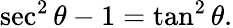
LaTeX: \sec^{2}\theta-1=\tan^{2}\theta.